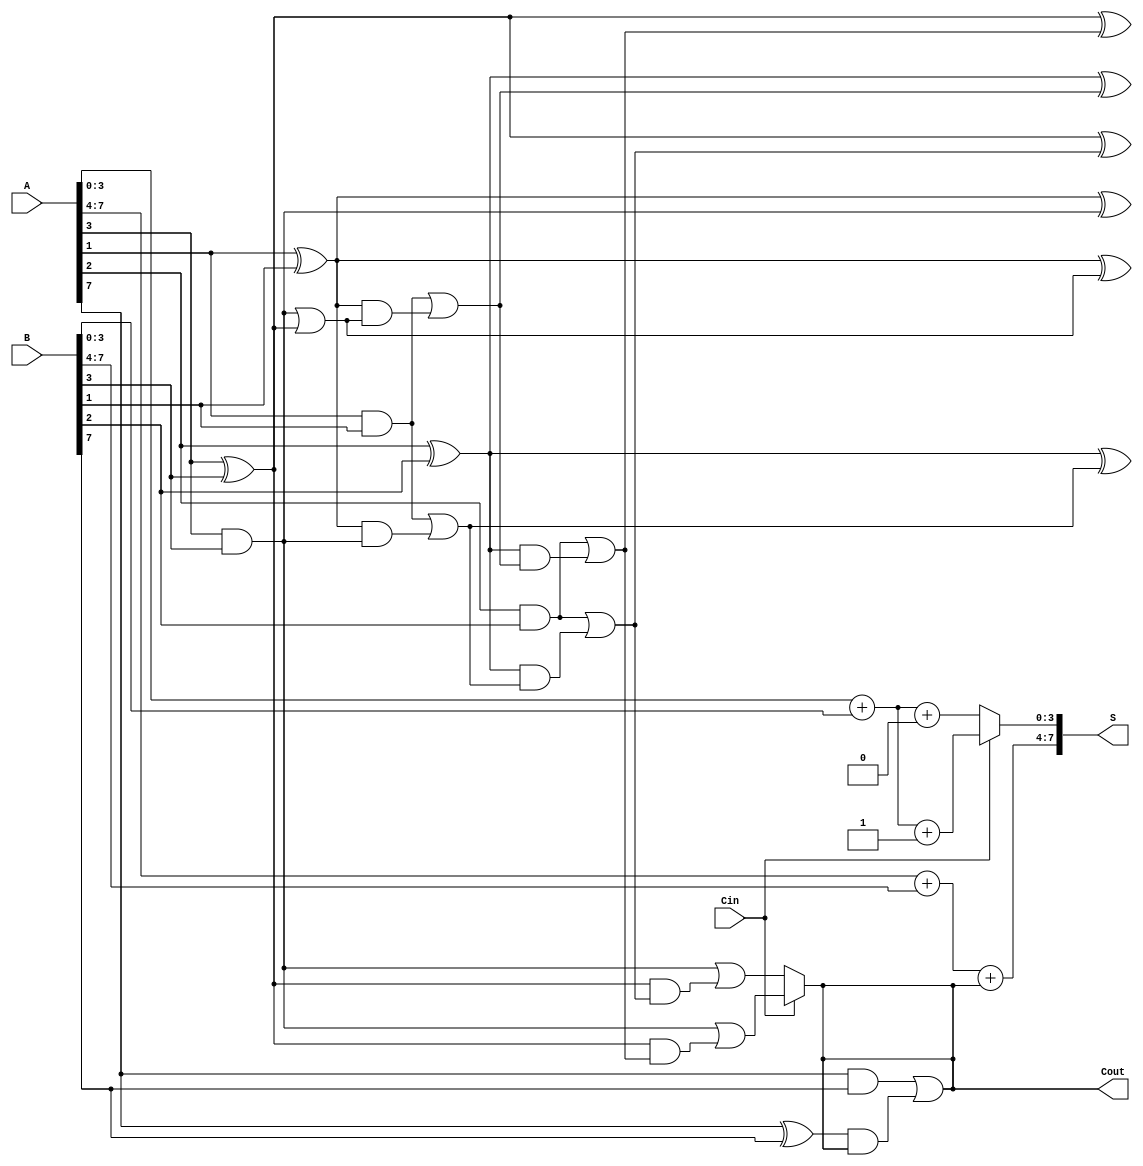
module ConditionalCarrySelectAdder #(parameter n = 8)(
    input [n-1:0] A,       // First n-bit input
    input [n-1:0] B,       // Second n-bit input
    input Cin,             // Carry-in
    output [n-1:0] S,      // n-bit sum output
    output Cout            // Carry-out
);

    // Intermediate signals for sums and carries
    wire [n-1:0] S0, S1;   // Sums for Cin = 0 and Cin = 1
    wire [n-1:0] C0, C1;   // Carry outputs for Cin = 0 and Cin = 1

    // Split the adder into two segments
    wire [n/2-1:0] A1 = A[n-1:n/2];
    wire [n/2-1:0] A0 = A[n/2-1:0];
    wire [n/2-1:0] B1 = B[n-1:n/2];
    wire [n/2-1:0] B0 = B[n/2-1:0];
    
    // First segment calculation for Cin = 0
    assign S0[n/2-1:0] = A0 + B0 + 1'b0; 
    assign C0[0] = (A0[n/2-1] & B0[n/2-1]) | ((A0[n/2-1] ^ B0[n/2-1]) & 1'b0);
    generate
        genvar i;
        for (i = 1; i < n/2; i = i + 1) begin: carry_gen_c0
            assign S0[i] = A0[i] ^ B0[i] ^ C0[i-1];
            assign C0[i] = (A0[i] & B0[i]) | ((A0[i] ^ B0[i]) & C0[i-1]);
        end
    endgenerate
    
    // First segment calculation for Cin = 1
    assign S1[n/2-1:0] = A0 + B0 + 1'b1; 
    assign C1[0] = (A0[n/2-1] & B0[n/2-1]) | ((A0[n/2-1] ^ B0[n/2-1]) & 1'b1);
    generate
        genvar j;
        for (j = 1; j < n/2; j = j + 1) begin: carry_gen_c1
            assign S1[j] = A0[j] ^ B0[j] ^ C1[j-1];
            assign C1[j] = (A0[j] & B0[j]) | ((A0[j] ^ B0[j]) & C1[j-1]);
        end
    endgenerate

    // Multiplexing to select sums and carries
    assign S[n/2-1:0] = Cin ? S1[n/2-1:0] : S0[n/2-1:0];
    assign Cout = Cin ? C1[n/2-1] : C0[n/2-1];

    // Combine the second segment's results
    assign S[n-1:n/2] = A1 + B1 + Cout;
    assign Cout = (A1[n/2-1] & B1[n/2-1]) | ((A1[n/2-1] ^ B1[n/2-1]) & Cout);

endmodule